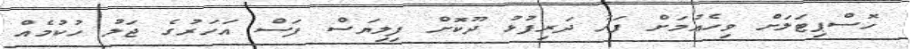
ހޮސްޕިޓަލަށް ވިހެއުމަށް ފަހު ދަރިފުޅު ދޫކޮށް ފިލިޔަސް ފަސް އަހަރުގެ ޖަލު ހުކުމެއް